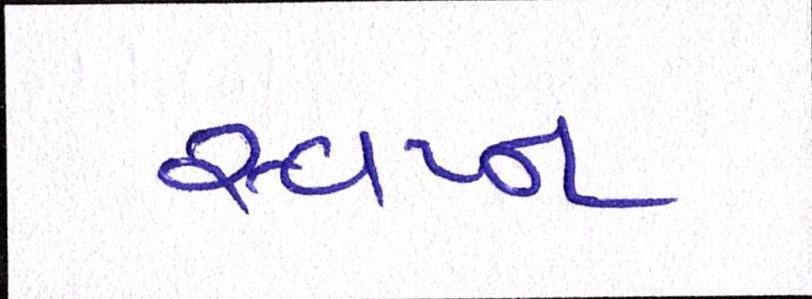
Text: સ્વપ્ન